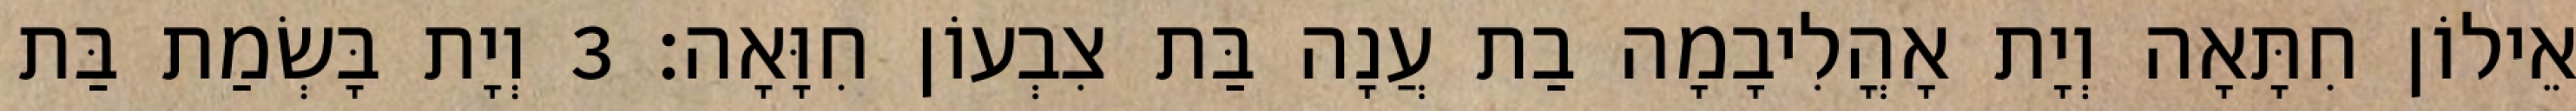
אֵילוֹן חִתָּאָה וְיָת אָהֳלִיבָמָה בַת עֲנָה בַּת צִבְעוֹן חִוָּאָה׃ 3 וְיָת בָּשְׂמַת בַּת